65_HS1-834228961_62-HQ-83894_Section_2
Agency: FBI
Page 8
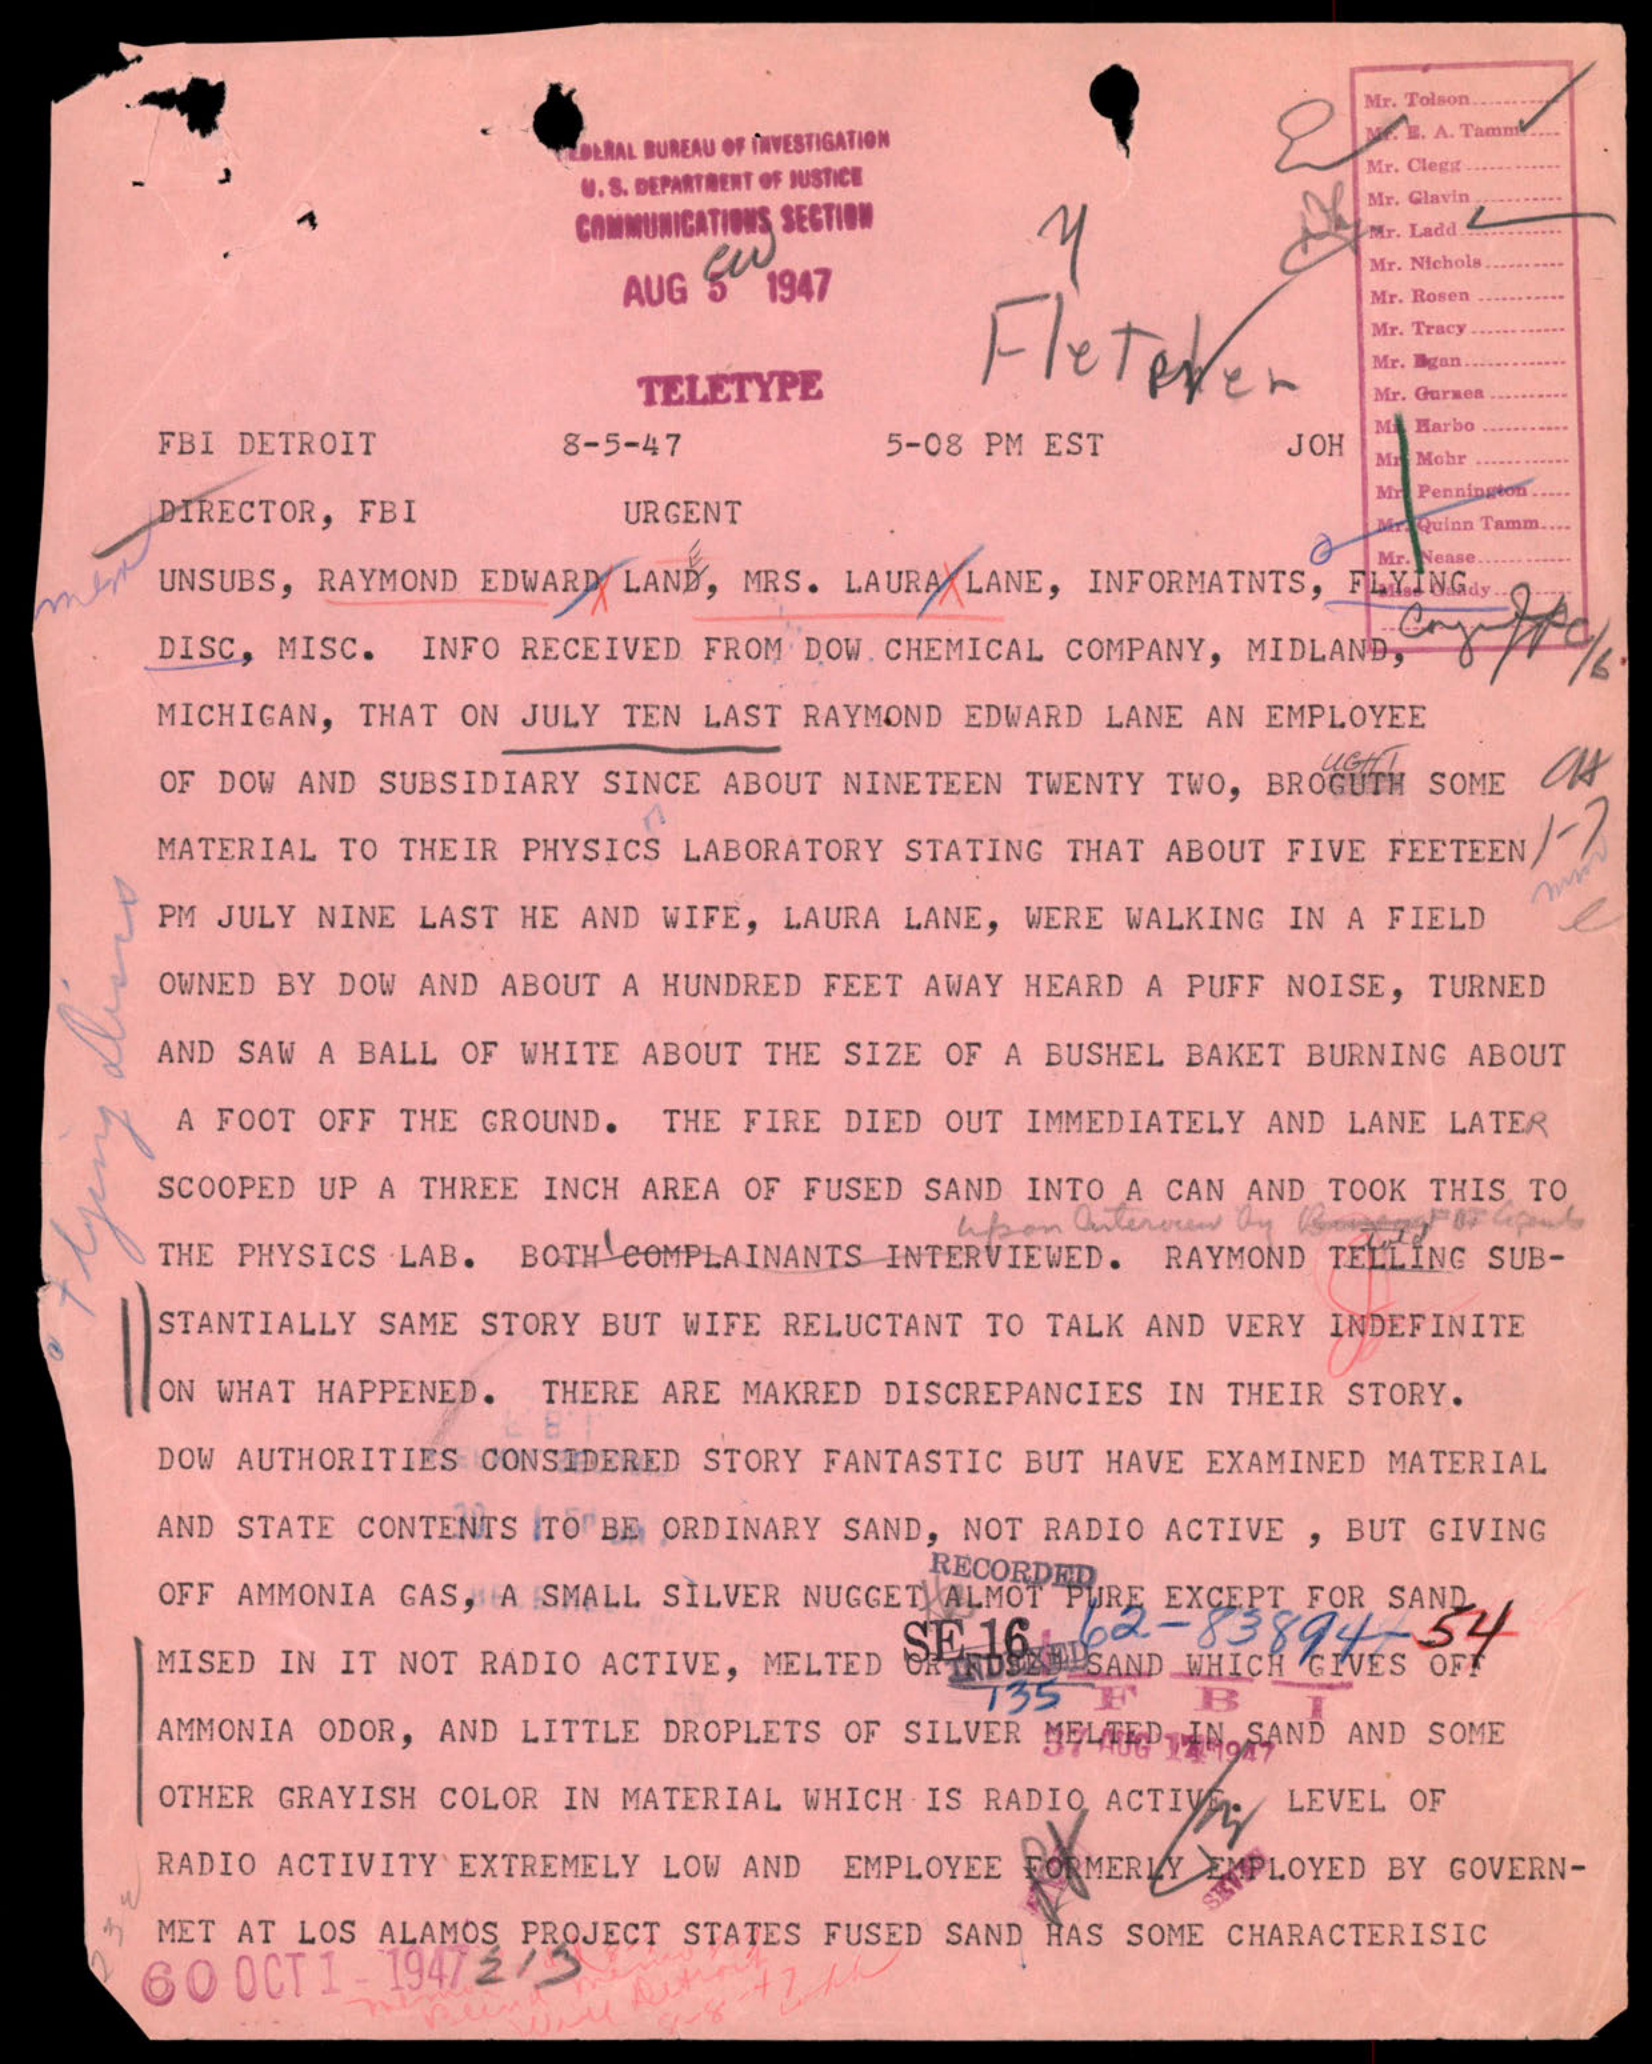